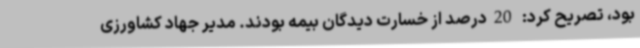
بود، تصریح کرد: 20درصد از خسارت دیدگان بیمه بودند. مدیر جهاد کشاورزی